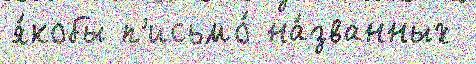
я́кобы п'исьмо́ на́званных